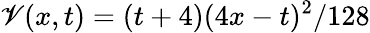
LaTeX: \mathscr{V}(x,t)=(t+4)(4x-t)^{2}/128